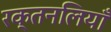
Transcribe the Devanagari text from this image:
रक्तनलियाँ